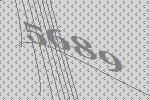
5689